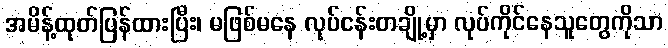
အမိန့်ထုတ်ပြန်ထားပြီး၊ မဖြစ်မနေ လုပ်ငန်းတချို့မှာ လုပ်ကိုင်နေသူတွေကိုသာ